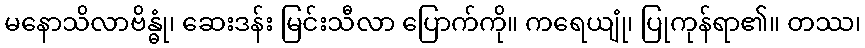
မနောသိလာဗိန္ဓုံ၊ ဆေးဒန်း မြင်းသီလာ ပြောက်ကို။ ကရေယျုံ၊ ပြုကုန်ရာ၏။ တဿ၊